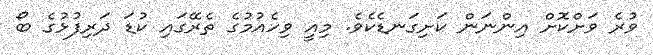
ވުރެ ވަށްކޮށް އިންނަން ކަށިގަނޑެކެވެ. މިއީ ވިހެއުމުގެ ތެރޭގައި ކުޑަ ދަރިފުޅުގެ ބޯ